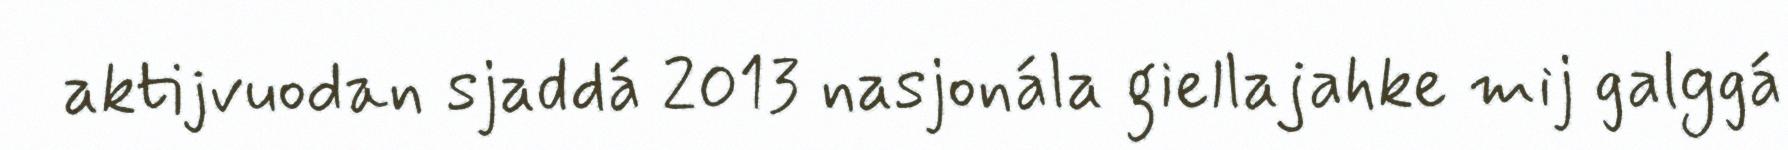
aktijvuodan sjaddá 2013 nasjonála giellajahke mij galggá